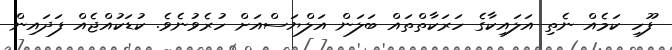
ފޫހި ކަމެއް ނެތި އަލައިކާގެ ހަރަކާތްތައް ބަލަން އަލްޔަސްއަށް ހުރެވުނެވެ. ކުޑަކުއްޖެއް ފަދައިން